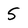
Character: 5